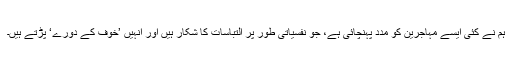
ہم نے کئی ایسے مہاجرین کو مدد پہنچائی ہے، جو نفسیاتی طور پر التباسات کا شکار ہیں اور انہیں ’خوف کے دورے‘ پڑتے ہیں۔